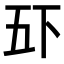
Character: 𫡲